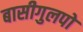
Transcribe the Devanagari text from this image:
बासीगुलपो